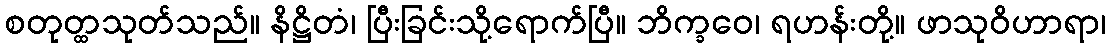
စတုတ္ထသုတ်သည်။ နိဋ္ဌိတံ၊ ပြီးခြင်းသို့ရောက်ပြီ။ ဘိက္ခဝေ၊ ရဟန်းတို့။ ဖာသုဝိဟာရာ၊